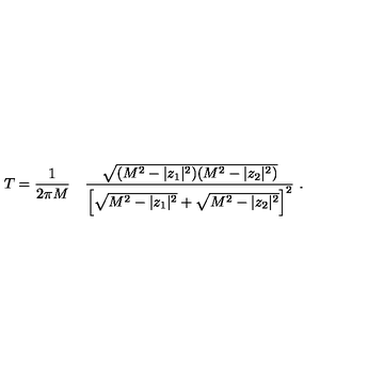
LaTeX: T = { \frac { 1 } { 2 \pi M } } \quad { \frac { \sqrt { ( M ^ { 2 } - | z _ { 1 } | ^ { 2 } ) ( M ^ { 2 } - | z _ { 2 } | ^ { 2 } ) } } { \left[ \sqrt { M ^ { 2 } - | z _ { 1 } | ^ { 2 } } + \sqrt { M ^ { 2 } - | z _ { 2 } | ^ { 2 } } \right] ^ { 2 } } } \ .